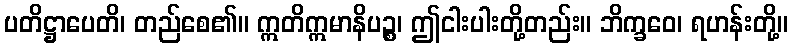
ပတိဋ္ဌာပေတိ၊ တည်စေ၏။ ဣတိဣမာနိပဉ္စ၊ ဤငါးပါးတို့တည်း။ ဘိက္ခဝေ၊ ရဟန်းတို့။